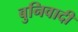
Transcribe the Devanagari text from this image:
बुनिवादी